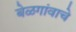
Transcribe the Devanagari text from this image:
बेळगांवाचे